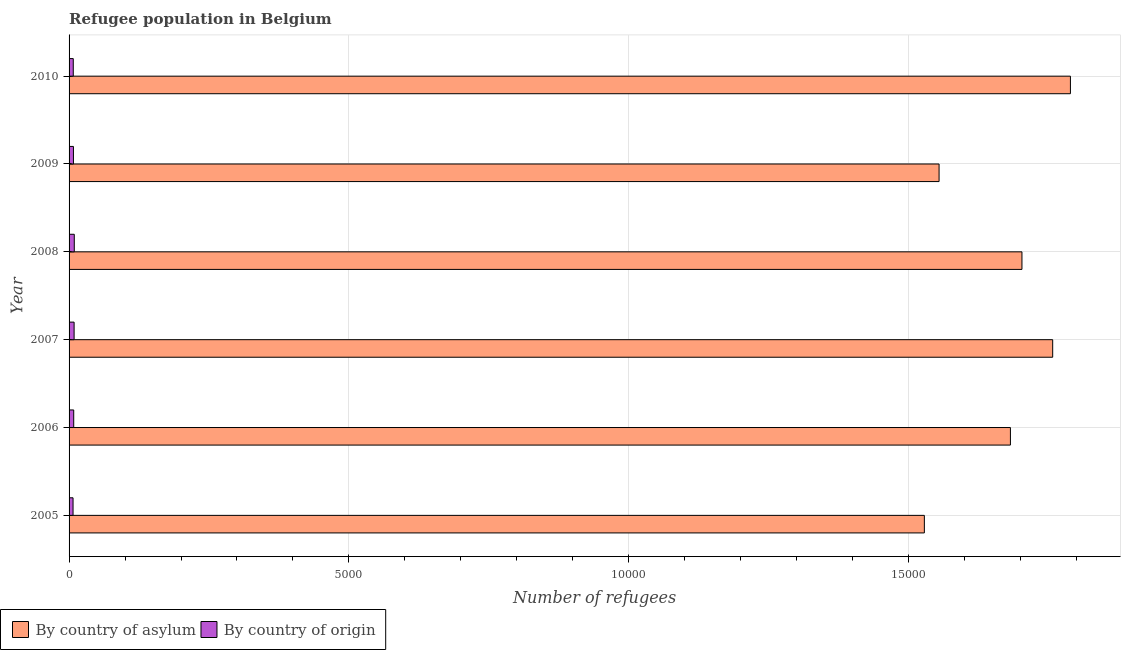
| Year | By country of asylum | By country of origin |
 | --- | --- | --- |
 | 2005 | 1.53e+04 | 71 |
 | 2006 | 1.68e+04 | 83 |
 | 2007 | 1.76e+04 | 90 |
 | 2008 | 1.7e+04 | 93 |
 | 2009 | 1.55e+04 | 78 |
 | 2010 | 1.79e+04 | 75 |